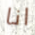
انا